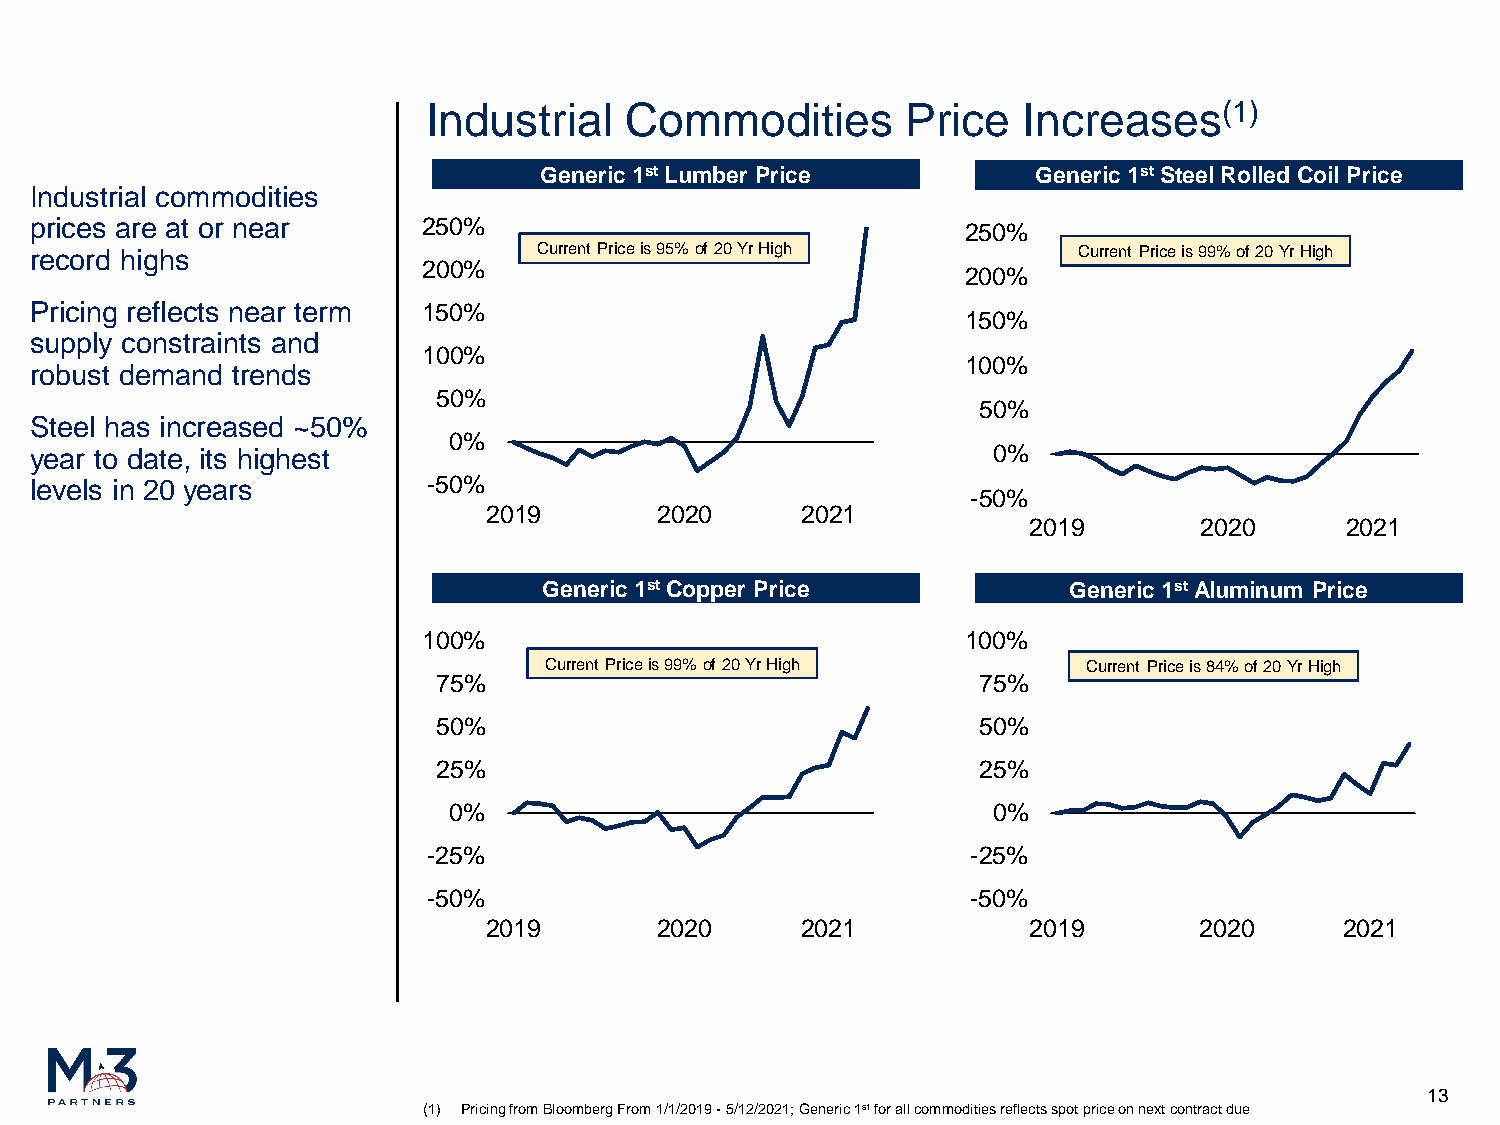
Industrial   Commodities        Price   Increases(1)
 Generic 1stLumber Price          Generic 1stSteel Rolled Coil Price
 Industrial commodities
 prices are at or near     250%                                250%
 record highs                      Current Price is 95% of 20 Yr High Current Price is 99% of 20 Yr High
 200%
 200%
 Pricing reflects near term 150%
 150%
 supply constraints and
 100%
 100%
 robust demand trends
 50%
 50%
 Steel has increased ~50%
 0%
 year to date, its highest                                       0%
 levels in 20 years        -50%
 -50%
 2019       2020      2021
 2019       2020      2021
 Generic 1stCopper Price            Generic 1stAluminum Price
 100%                                100%
 Current Price is 99% of 20 Yr High  Current Price is 84% of 20 Yr High
 75%                                 75%
 50%                                 50%
 25%                                 25%
 0%                                  0%
 -25%                                -25%
 -50%                                -50%
 2019       2020      2021           2019       2020      2021
 13
 (1) Pricing from Bloomberg From 1/1/2019 -5/12/2021; Generic 1stfor all commodities reflects spot price on next contract due